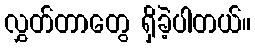
လွှတ်တာတွေ ရှိခဲ့ပါတယ်။